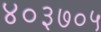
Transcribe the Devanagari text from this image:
४०३७०५